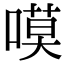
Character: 嗼